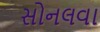
સોનલવા